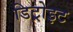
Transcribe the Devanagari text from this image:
डिट्रोइट